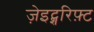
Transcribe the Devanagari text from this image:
ज़ेइट्शरिफ़्ट